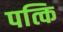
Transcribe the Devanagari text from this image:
पत्कि